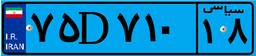
۱۷D۲۰۳۱۶